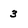
Character: 3